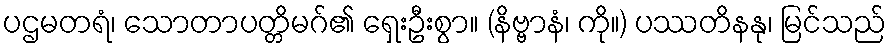
ပဌမတရံ၊ သောတာပတ္တိမဂ်၏ ရှေးဦးစွာ။ (နိဗ္ဗာနံ၊ ကို။) ပဿတိနနု၊ မြင်သည်